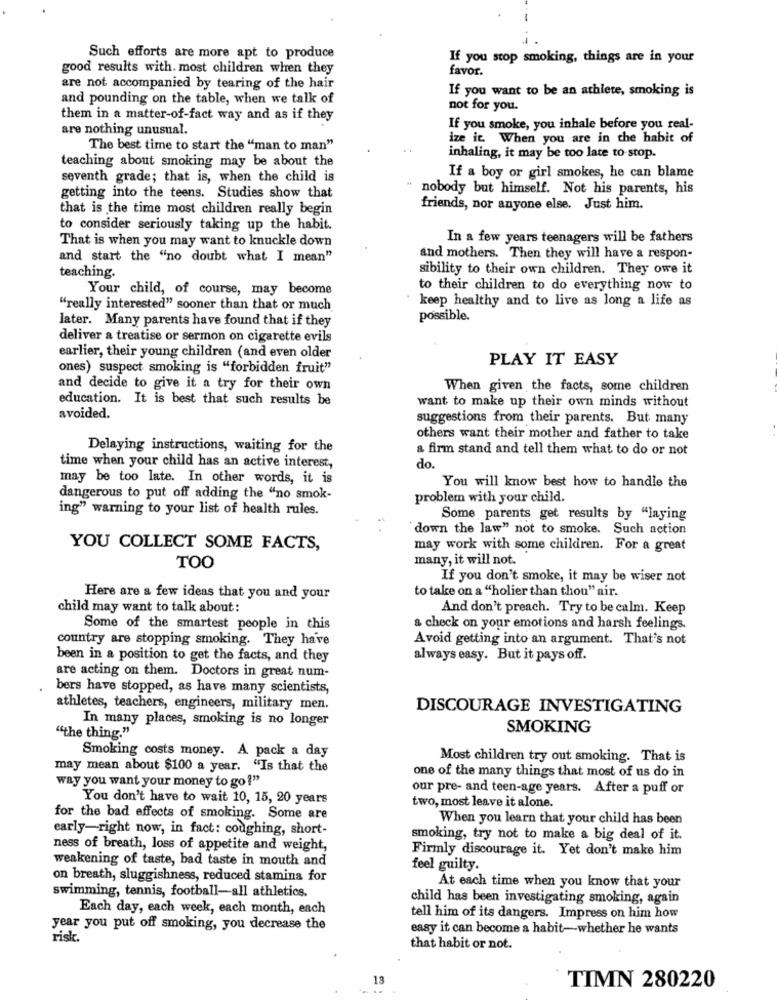
Such efforts are more apt to produce
If you stop smoking, things are in your
good results with. most children when they
favor.
are not accompanied by tearing of the hair
If you want to be an athlete, smoking is
and pounding on the table, when we talk of
not for you.
them in a matter-of-fact way and as if they
are nothing unusual.
If you smoke, you inhale before you real-
ize it When you are in the habit of
The best time to start the "man to man"
teaching about smoking may be about the
inhaling, it may be too late to stop.
seventh grade; that is, when the child is
If a boy or girl smokes, he can blame
nobody but himself. Not his parents, his
getting into the teens. Studies show that
that is the time most children really begin
friends, nor anyone else. Just him.
to consider seriously taking up the habit.
That is when you may want to knuckle down
In a few years teenagers will be fathers
and start the "no doubt what I mean"
and mothers. Then they will have a respon-
sibility to their own children. They owe it
teaching.
Your child, of course, may become
to their children to do everything now to
keep healthy and to live as long a life as
"really interested" sooner than that or much
later. Many parents have found that if they
possible.
deliver a treatise or sermon on cigarette evils
earlier, their young children (and even older
PLAY IT EASY
ones) suspect smoking is "forbidden fruit"
and decide to give it a try for their own
When given the facts, some children
education. It is best that such results be
want to make up their own minds without
avoided.
suggestions from their parents. But many
others want their mother and father to take
Delaying instructions, waiting for the
a firm stand and tell them what to do or not
time when your child has an active interest,
do.
may be too late. In other words, it is
You will know best how to handle the
dangerous to put off adding the "no smok-
problem with your child.
ing" warning to your list of health rules.
Some parents get results by "laying
down the law" not to smoke. Such action
YOU COLLECT SOME FACTS,
may work with some children. For a great
many, it will not.
TOO
If you don't smoke, it may be wiser not
Here are a few ideas that you and your
to take on a "holier than thou" air.
child may want to talk about:
And don't preach. Try to be calm. Keep
Some of the smartest people in this
a check on your emotions and harsh feelings.
country are stopping smoking. They have
Avoid getting into an argument. That's not
been in a position to get the facts, and they
always easy. But it pays off.
are acting on them. Doctors in great num-
bers have stopped, as have many scientists,
athletes, teachers, engineers, military men.
DISCOURAGE INVESTIGATING
In many places, smoking is no longer
SMOKING
"the thing."
Smoking costs money. A pack a day
Most children try out smoking. That is
may mean about $100 a year. "Is that the
one of the many things that most of us do in
way you want your money to go?"
our pre- and teen-age years. After a puff or
You don't have to wait 10, 15, 20 years
two, most leave it alone.
for the bad effects of smoking. Some are
When you learn that your child has been
early-right now, in fact: coughing, short-
smoking, try not to make a big deal of it.
ness of breath, loss of appetite and weight,
Firmly discourage it. Yet don't make him
weakening of taste, bad taste in mouth and
feel guilty.
on breath, sluggishness, reduced stamina for
swimming, tennis, football-all athletics.
At each time when you know that your
child has been investigating smoking, again
Each day, each week, each month, each
tell him of its dangers. Impress on him how
year you put off smoking, you decrease the
easy it can become a habit-whether he wants
risk.
that habit or not.
13
TIMN 280220